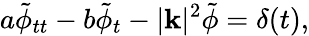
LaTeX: a\tilde{\phi}_{tt}-b\tilde{\phi}_{t}-|\mathbf{k}|^{2}\tilde{\phi}=\delta(t),